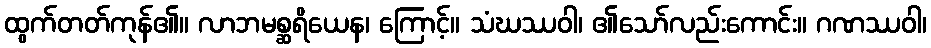
ထွက်တတ်ကုန်၏။ လာဘမစ္ဆရိယေန၊ ကြောင့်။ သံဃဿဝါ၊ ၏သော်လည်းကောင်း။ ဂဏဿဝါ၊